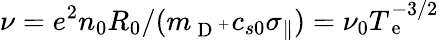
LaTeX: \nu=e^{2}n_{0}R_{0}/(m_{\mathrm{~D~}^{+}}c_{s0}\sigma_{\parallel})=\nu_{0}T_{\mathrm{~e~}}^{-3/2}